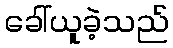
ခေါ်ယူခဲ့သည်